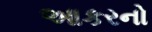
આકરનો